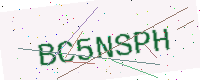
Text: BC5NSPH